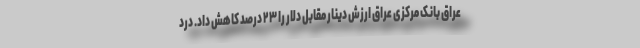
عراق بانک مرکزی عراق ارزش دینار مقابل دلار را ۲۳ درصد کاهش داد. درد